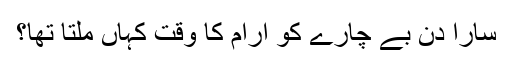
سارا دن بے چارے کو آرام کا وقت کہاں ملتا تھا؟